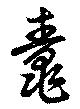
鼃